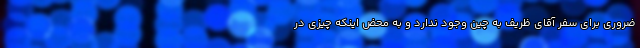
ضروری برای سفر آقای ظریف به چین وجود ندارد و به محض اینکه چیزی در